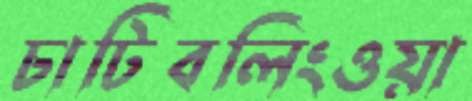
চাটিবলিংওয়া